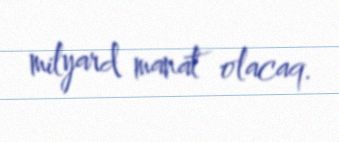
milyard manat olacaq.